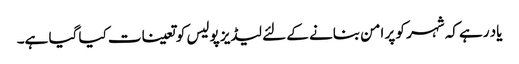
یاد رہے کہ شہر کو پر امن بنانے کے لئے لیڈیز پولیس کو تعینات کیا گیا ہے۔